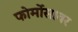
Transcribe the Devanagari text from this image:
फोर्मोसावर